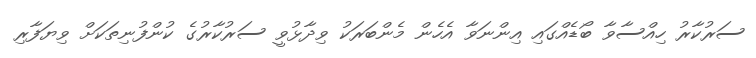
ސަރުކާރު ހިއްސާވާ ބޯޑެއްގައި އިންނަވާ އެހެން މެންބަރަކު ވިދާޅުވީ ސަރުކާރުގެ ކުންފުނިތަކަށް ވިޔަފާރި